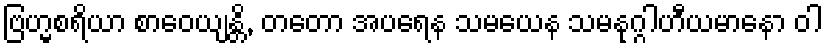
ဗြဟ္မစရိယာ စာဝေယျန္တိ, တတော အပရေန သမယေန သမနုဂ္ဂါဟီယမာနော ဝါ